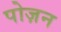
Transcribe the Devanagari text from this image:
पोज़न